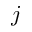
j